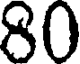
80